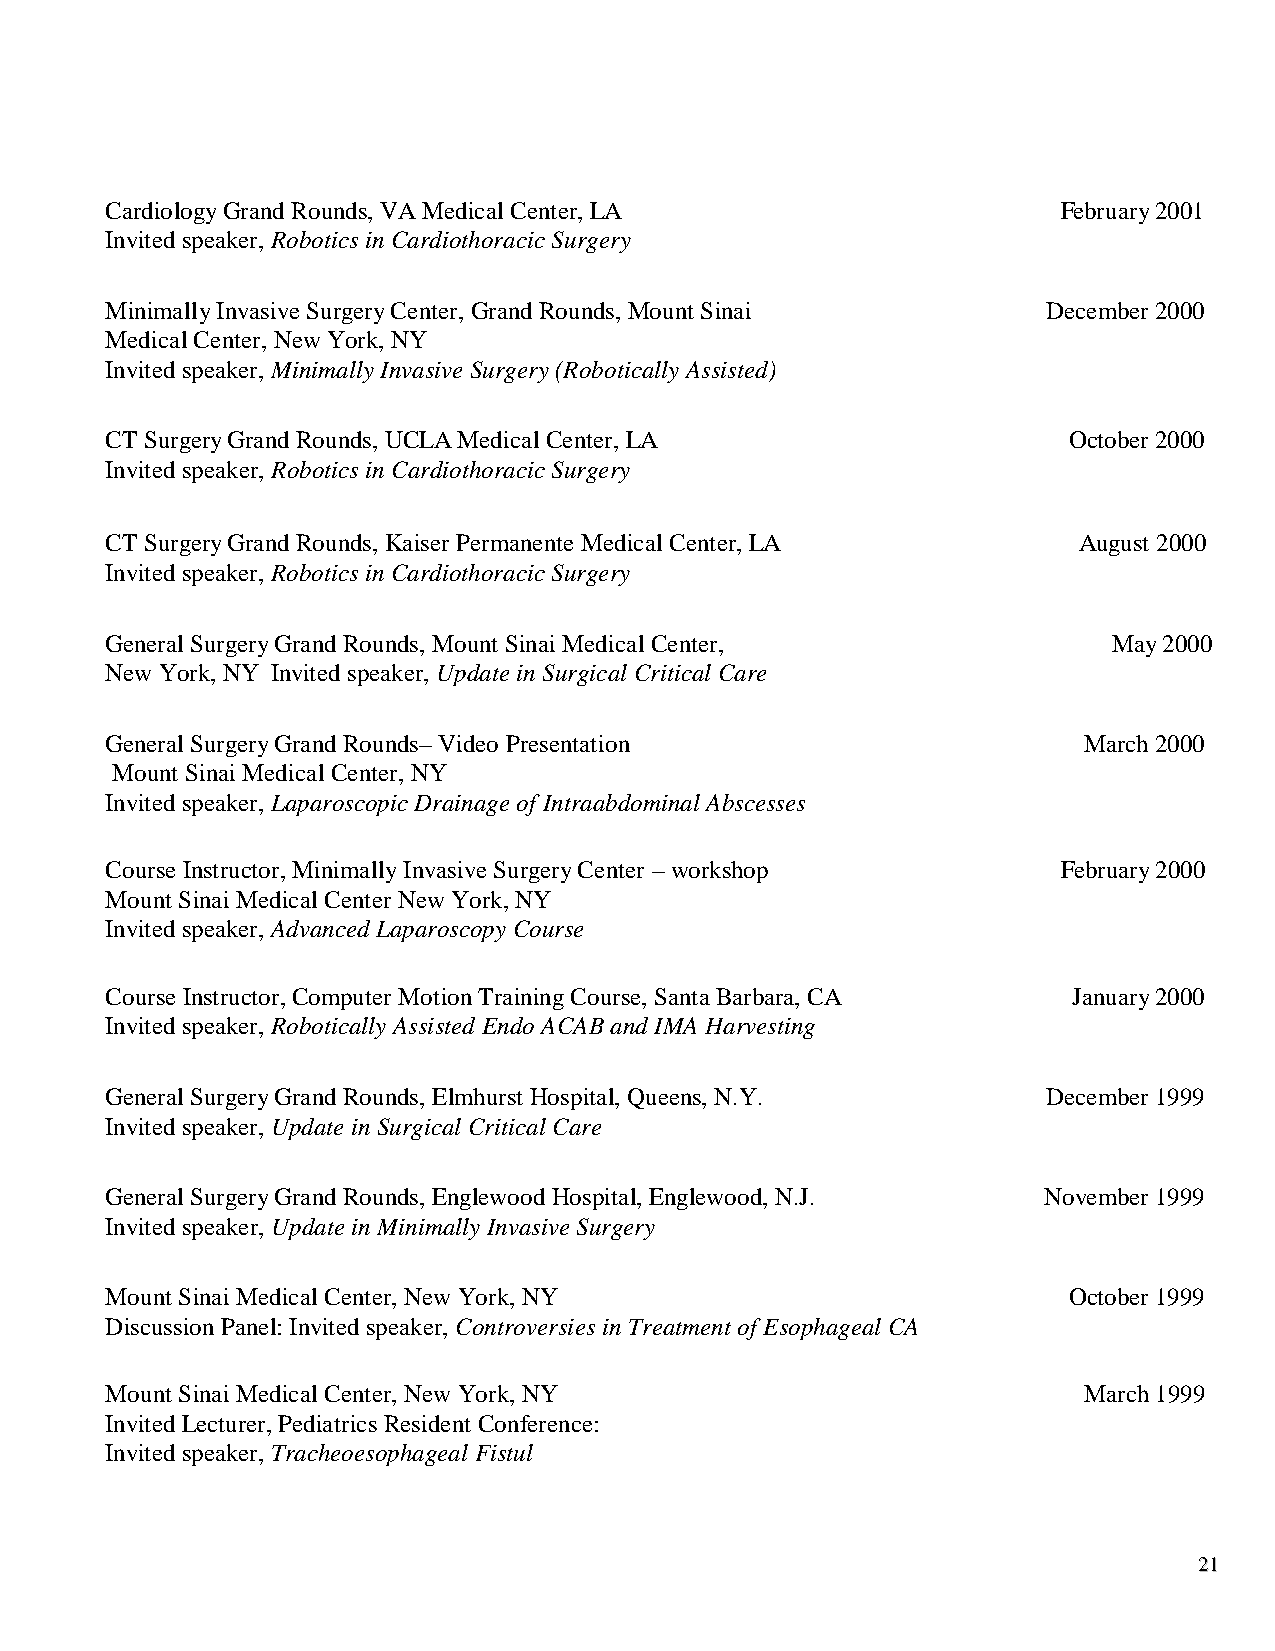
Cardiology Grand Rounds, VA Medical Center, LA                 February 2001
 Invited speaker, Robotics in Cardiothoracic Surgery
 Minimally Invasive Surgery Center, Grand Rounds, Mount Sinai  December 2000
 Medical Center, New York, NY
 Invited speaker, Minimally Invasive Surgery (Robotically Assisted)
 CT Surgery Grand Rounds, UCLA Medical Center, LA                October 2000
 Invited speaker, Robotics in Cardiothoracic Surgery
 CT Surgery Grand Rounds, Kaiser Permanente Medical Center, LA   August 2000
 Invited speaker, Robotics in Cardiothoracic Surgery
 General Surgery Grand Rounds, Mount Sinai Medical Center,          May 2000
 New York, NY Invited speaker, Update in Surgical Critical Care
 General Surgery Grand Rounds– Video Presentation                 March 2000
 Mount Sinai Medical Center, NY
 Invited speaker, Laparoscopic Drainage of Intraabdominal Abscesses
 Course Instructor, Minimally Invasive Surgery Center – workshop February 2000
 Mount Sinai Medical Center New York, NY
 Invited speaker, Advanced Laparoscopy Course
 Course Instructor, Computer Motion Training Course, Santa Barbara, CA January 2000
 Invited speaker, Robotically Assisted Endo ACAB and IMA Harvesting
 General Surgery Grand Rounds, Elmhurst Hospital, Queens, N.Y. December 1999
 Invited speaker, Update in Surgical Critical Care
 General Surgery Grand Rounds, Englewood Hospital, Englewood, N.J. November 1999
 Invited speaker, Update in Minimally Invasive Surgery
 Mount Sinai Medical Center, New York, NY                        October 1999
 Discussion Panel: Invited speaker, Controversies in Treatment of Esophageal CA
 Mount Sinai Medical Center, New York, NY                         March 1999
 Invited Lecturer, Pediatrics Resident Conference:
 Invited speaker, Tracheoesophageal Fistul
 2211
 2211